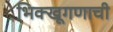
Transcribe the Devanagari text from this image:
भिक्खूगणाची